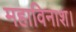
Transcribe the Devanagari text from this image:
महाविनाश।